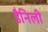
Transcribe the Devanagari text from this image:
डैनिली